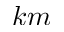
k m